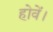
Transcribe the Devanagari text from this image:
होवें।